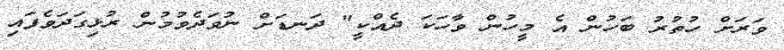
ވަރަށް ހުތުރު ބަހުން އެ މީހުން ވާހަކަ ދެއްކީ" ދަނޑަށް ނުވަދެވުމުން ރުޅިގަދަވެފައި